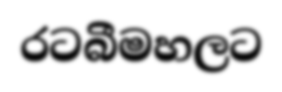
රටබීමහලට